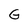
Character: G